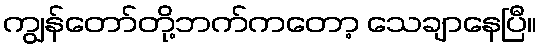
ကျွန်တော်တို့ဘက်ကတော့ သေချာနေပြီ။